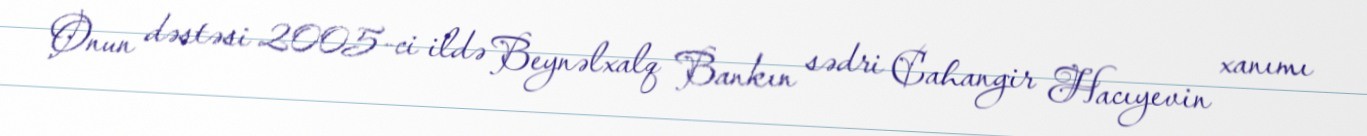
Onun dəstəsi 2005-ci ildə Beynəlxalq Bankın sədri Cahangir Hacıyevin xanımı